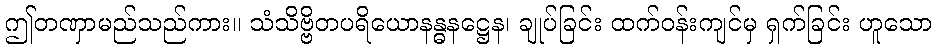
ဤတဏှာမည်သည်ကား။ သံသိဗ္ဗိတပရိယောနန္ဓနဋ္ဌေန၊ ချုပ်ခြင်း ထက်ဝန်းကျင်မှ ရှက်ခြင်း ဟူသော